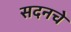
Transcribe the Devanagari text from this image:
सदनचे